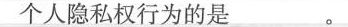
个人隐私权行为的是___。